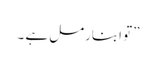
” تو ابنارمل ہے ۔